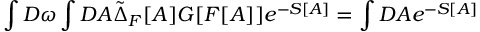
\int D \omega \int D A \tilde { \Delta } _ { F } [ A ] G [ F [ A ] ] e ^ { - S [ A ] } = \int D A e ^ { - S [ A ] }